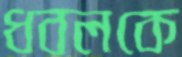
ধবলকে